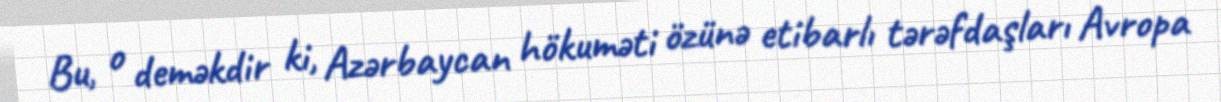
Bu, o deməkdir ki, Azərbaycan hökuməti özünə etibarlı tərəfdaşları Avropa